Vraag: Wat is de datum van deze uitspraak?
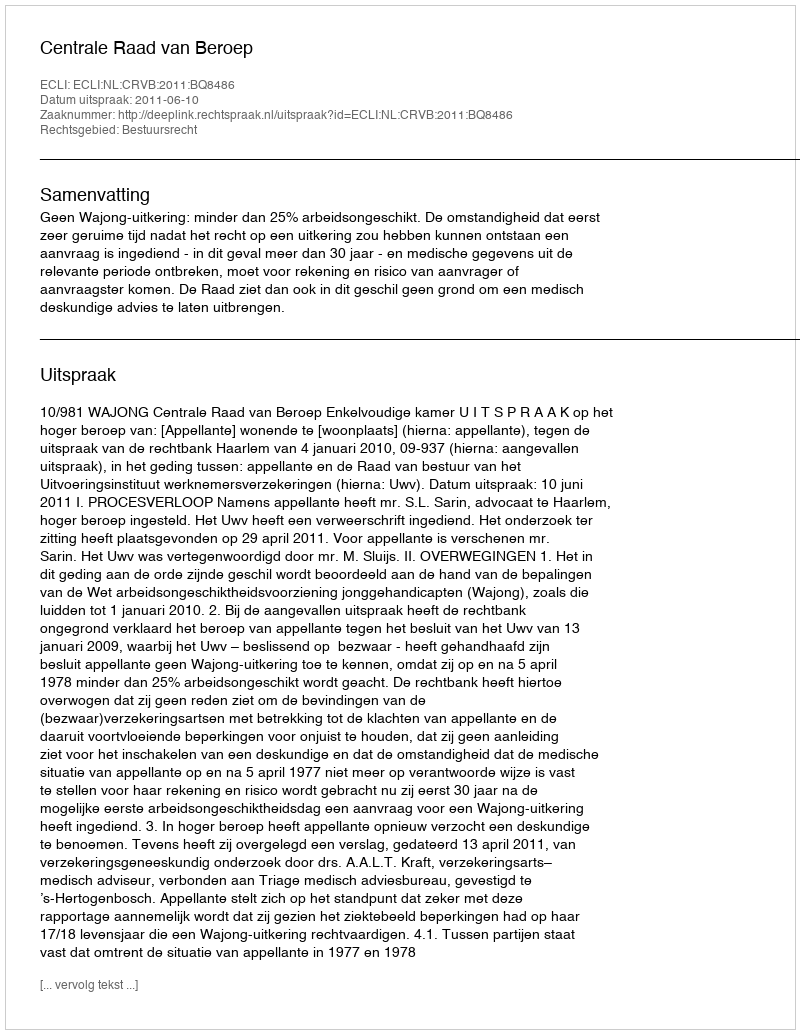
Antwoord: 2011-06-10